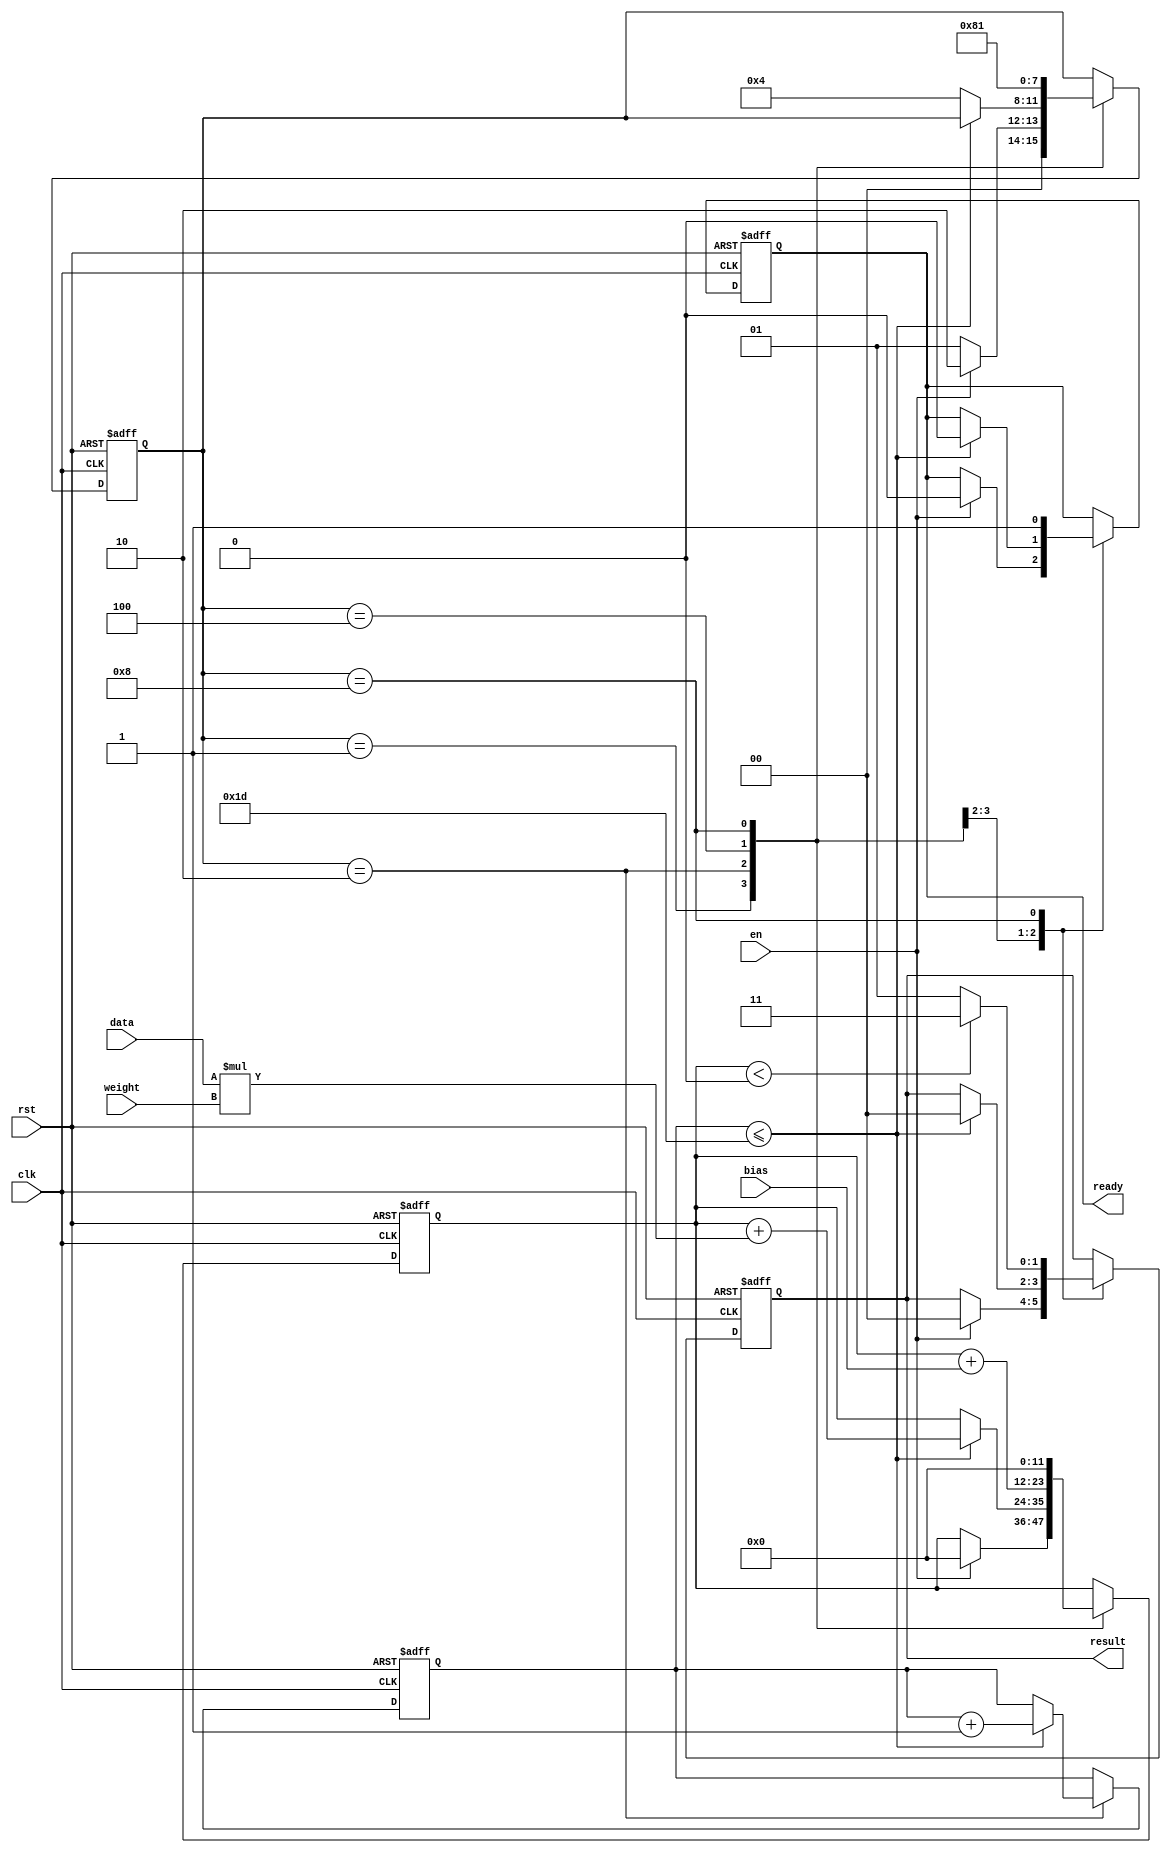
module baseClassifier(clk,rst,en,data,weight,bias,result,ready);
input clk;
input rst;
input en;
input signed [1:0] data;
input signed [8:0] weight;
input signed [8:0] bias;
output signed [1:0] result;
output ready;
reg signed [1:0] result;
reg ready;
reg[5:0] i;
reg signed [11:0] temp;
parameter IDEA=4'b0001,step1=4'b0010,step2=4'b0100,finish=4'b1000;
reg [3:0] state;
always@(posedge clk or negedge rst)
if(!rst)
begin
i<=0;
result<=0;
ready<=0;
temp<=0;
state<=IDEA;
end
else
case(state)
	IDEA:if(en)
		begin
		state<=step1;
		result<=0;
		ready<=0;
		temp<=0;
		end
	     else
		state<=IDEA;
	step1:if(i<=29)
		begin
		temp<=temp+data*weight;	
		i<=i+1;
		result<=0;
		ready<=0;
		end
	      else
		state<=step2;
	step2: begin
	       temp<=temp+bias;
	       state<=finish;	
		end
	finish: begin
		if(temp<0)
		begin
			result<=2'b11;
			ready<=1;
			temp<=0;
		end
		else
		begin
			result<=2'b01;
			ready<=1;
			temp<=0;
		end
		state<=IDEA;
		end
endcase

endmodule